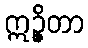
ဣဉ္ဇိတာ